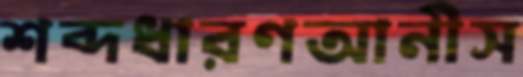
শব্দধারণআনীস